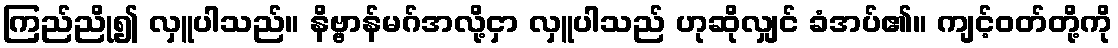
ကြည်ညို၍ လှူပါသည်။ နိဗ္ဗာန်မဂ်အလို့ငှာ လှူပါသည် ဟုဆိုလျှင် ခံအပ်၏။ ကျင့်ဝတ်တို့ကို